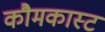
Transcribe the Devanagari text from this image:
कौमकास्ट